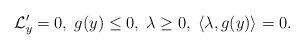
LaTeX: \begin{align*} \mathcal{L}'_y=0, \; g(y)\leq 0, \; \lambda\geq 0, \; \langle\lambda, g(y)\rangle=0.\end{align*}